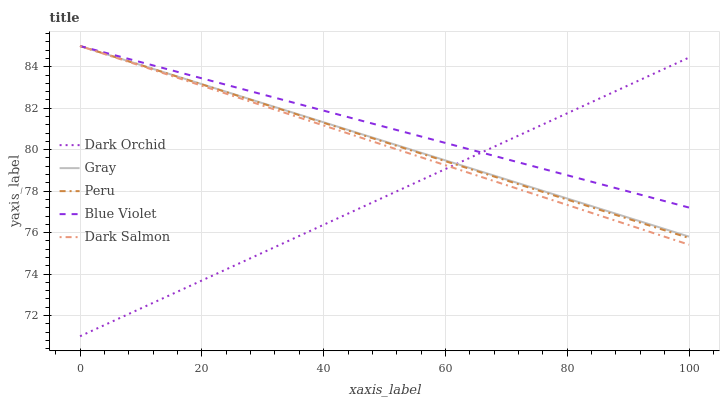
| xaxis_label | Dark Orchid | Gray | Peru | Blue Violet | Dark Salmon |
 | --- | --- | --- | --- | --- | --- |
 | 0 | 71 | 85 | 85 | 85 | 85 |
 | 7.69 | 72 | 84.3 | 84.3 | 84.4 | 84.3 |
 | 15.4 | 73.1 | 83.6 | 83.6 | 83.8 | 83.5 |
 | 23.1 | 74.1 | 82.9 | 82.9 | 83.2 | 82.8 |
 | 30.8 | 75.1 | 82.2 | 82.2 | 82.6 | 82.1 |
 | 38.5 | 76.2 | 81.5 | 81.4 | 82 | 81.3 |
 | 46.2 | 77.2 | 80.8 | 80.7 | 81.4 | 80.6 |
 | 53.8 | 78.2 | 80 | 80 | 80.8 | 79.8 |
 | 61.5 | 79.3 | 79.3 | 79.3 | 80.2 | 79.1 |
 | 69.2 | 80.3 | 78.6 | 78.6 | 79.6 | 78.4 |
 | 76.9 | 81.3 | 77.9 | 77.9 | 79 | 77.6 |
 | 84.6 | 82.4 | 77.2 | 77.2 | 78.4 | 76.9 |
 | 92.3 | 83.4 | 76.5 | 76.5 | 77.8 | 76.2 |
 | 100 | 84.4 | 75.8 | 75.7 | 77.2 | 75.4 |